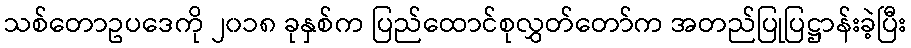
သစ်တောဥပဒေကို ၂၀၁၈ ခုနှစ်က ပြည်ထောင်စုလွှတ်တော်က အတည်ပြုပြဋ္ဌာန်းခဲ့ပြီး